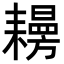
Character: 𦔨